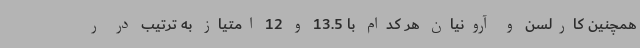
همچنین کارلسن و آرونیان هر کدام با 13.5 و 12 امتیاز به ترتیب در ر